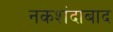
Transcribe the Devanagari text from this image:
नकशंदाबाद